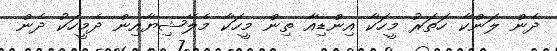
ދެން ލަންކާ ހަތަރު މީހަކާ އިންޑިއާ ތިން މީހަކާ މެލޭޝިޔާއިން ދެމީހަކު ދެން